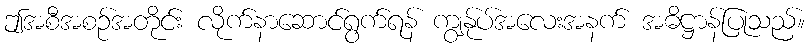
ဤအစီအစဉ်အတိုင်း လိုက်နာဆောင်ရွက်ရန် ကျွန်ုပ်အလေးအနက် အဓိဋ္ဌာန်ပြုသည်။